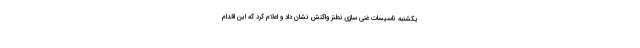
یکشنبه تاسیسات غنی سازی نطنز واکنش نشان داد و اعلام کرد که این اقدام